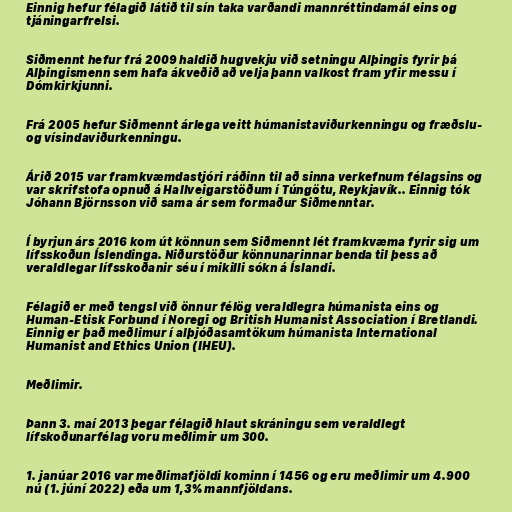
Einnig hefur félagið látið til sín taka varðandi mannréttindamál eins og
tjáningarfrelsi.

Siðmennt hefur frá 2009 haldið hugvekju við setningu Alþingis fyrir þá
Alþingismenn sem hafa ákveðið að velja þann valkost fram yfir messu í
Dómkirkjunni.

Frá 2005 hefur Siðmennt árlega veitt húmanistaviðurkenningu og fræðslu-
og vísindaviðurkenningu.

Árið 2015 var framkvæmdastjóri ráðinn til að sinna verkefnum félagsins og
var skrifstofa opnuð á Hallveigarstöðum í Túngötu, Reykjavík.. Einnig tók
Jóhann Björnsson við sama ár sem formaður Siðmenntar.

Í byrjun árs 2016 kom út könnun sem Siðmennt lét framkvæma fyrir sig um
lífsskoðun Íslendinga. Niðurstöður könnunarinnar benda til þess að
veraldlegar lífsskoðanir séu í mikilli sókn á Íslandi.

Félagið er með tengsl við önnur félög veraldlegra húmanista eins og
Human-Etisk Forbund í Noregi og British Humanist Association í Bretlandi.
Einnig er það meðlimur í alþjóðasamtökum húmanista International
Humanist and Ethics Union (IHEU).

Meðlimir.

Þann 3. maí 2013 þegar félagið hlaut skráningu sem veraldlegt
lífskoðunarfélag voru meðlimir um 300.

1. janúar 2016 var meðlimafjöldi kominn í 1456 og eru meðlimir um 4.900
nú (1. júní 2022) eða um 1,3% mannfjöldans.